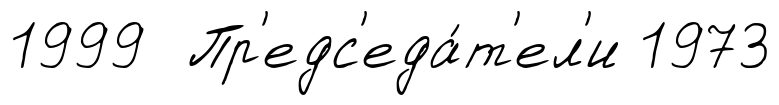
1999 Пр'едс'еда́т'ел'и 1973